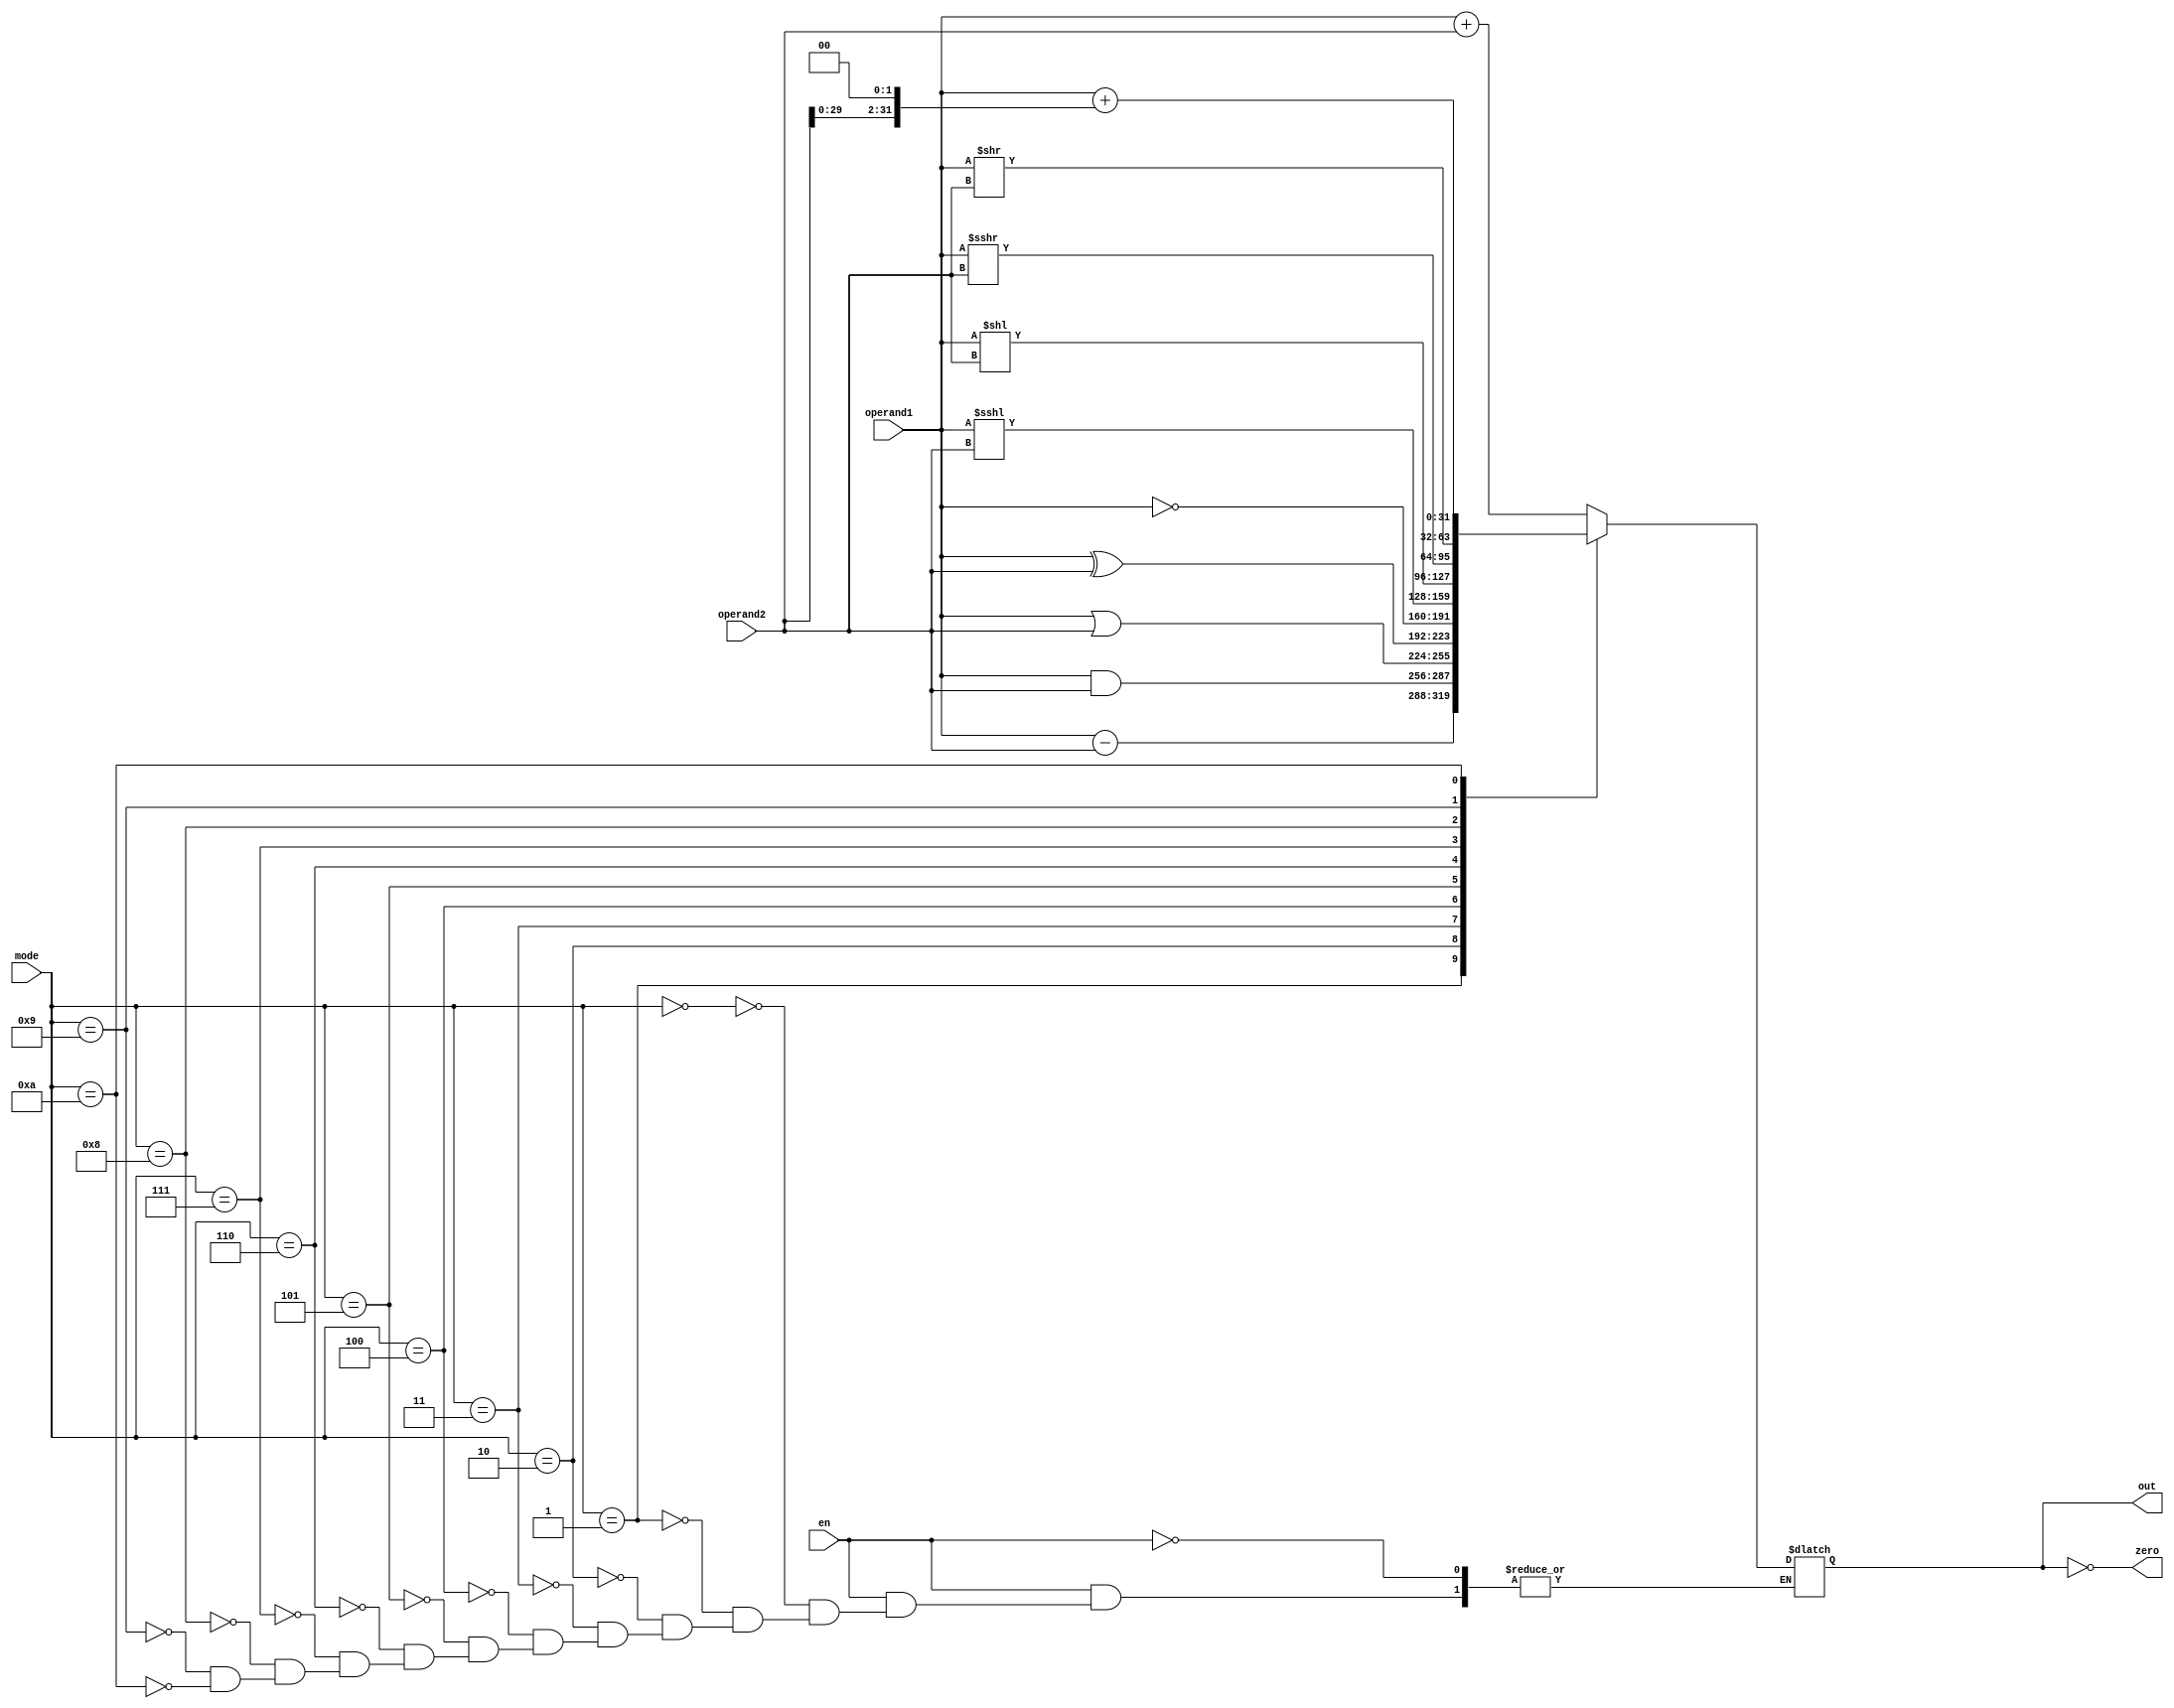
module ALU(
    input wire signed [31:0] operand1,
    input wire signed [31:0] operand2,
    input wire [3:0] mode,
    input wire en,
    output wire zero,
    output wire signed [31:0] out
);

    reg signed [31:0] ALUout;

    always @*
    begin
        if(en)
            begin
                case (mode)
                    4'b0000  :  ALUout = operand1 + operand2;
                    4'b0001  :  ALUout = operand1 - operand2;
                    4'b0010  :  ALUout = operand1 & operand2;
                    4'b0011  :  ALUout = operand1 | operand2;
                    4'b0100  :  ALUout = operand1 ^ operand2;
                    4'b0101  :  ALUout = ~operand1;
                    4'b0110  :  ALUout = operand1 <<< operand2;
                    4'b0111  :  ALUout = operand1 << operand2;
                    4'b1000  :  ALUout = operand1 >>> operand2;
                    4'b1001  :  ALUout = operand1 >> operand2;
                    4'b1010  :  ALUout = operand1 + {operand2[29:0],2'b00};
                endcase
            end
    end

    assign out = ALUout;
    assign zero = ALUout == 4'b0;

    // tested successfully


endmodule